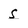
Character: s